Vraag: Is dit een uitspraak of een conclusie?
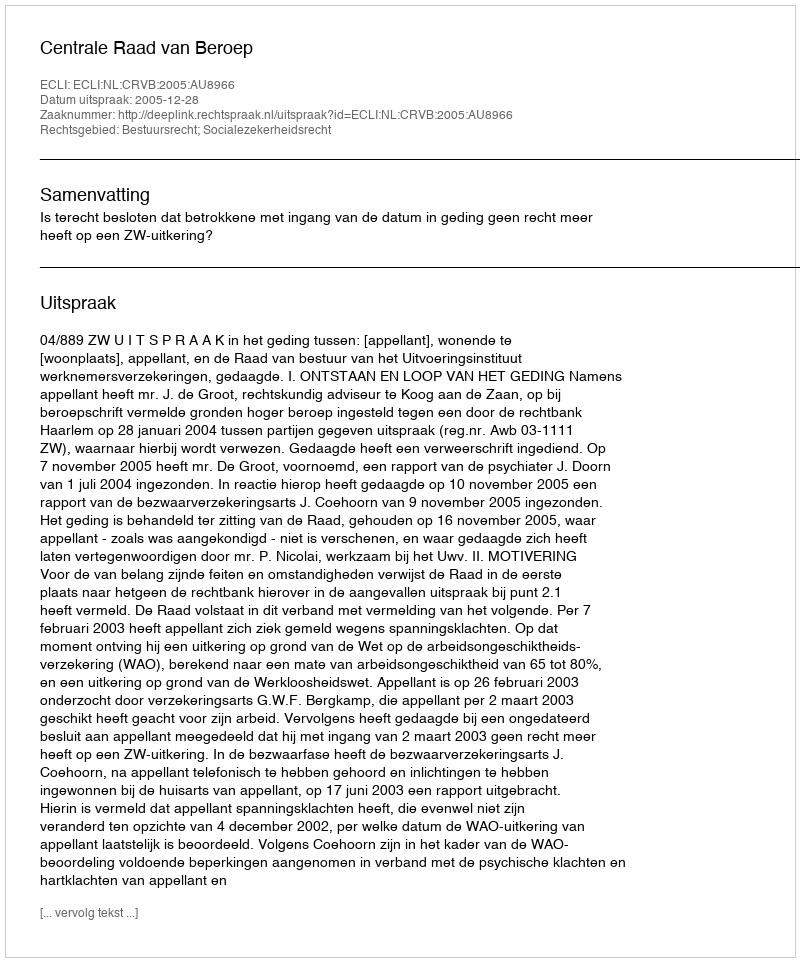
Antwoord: Uitspraak